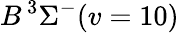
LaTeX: B\, {}^{3}\Sigma^{-}(v=10)